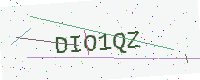
Text: DIO1QZ